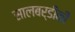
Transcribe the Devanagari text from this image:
सालबर्डीकी